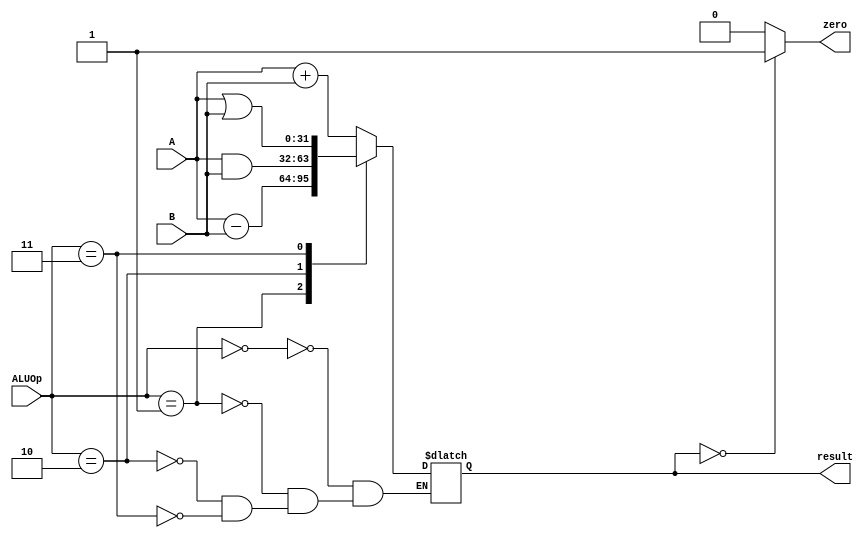
`timescale 1ns / 1ps
//////////////////////////////////////////////////////////////////////////////////
// Company: 
// Engineer: 
// 
// Design Name: 
// Module Name: ALU
// Project Name: 
// Target Devices: 
// Tool Versions: 
// Description: 
// 
// Dependencies: 
// 
// Revision:
// Revision 0.01 - File Created
// Additional Comments:
// 
//////////////////////////////////////////////////////////////////////////////////


module ALU(
    //
    input[31:0] A,B,
    //opcode
    input[2:0] ALUOp,
    //
    output reg [31:0] result,
    //
    output zero
    );
    assign zero = (result==0) ? 1:0;
    always@(ALUOp or A or B) begin
    case(ALUOp)
        3'b000: result = A + B;
        3'b001: result = A - B;
        3'b010: result = A & B;
        3'b011: result = A | B;
     endcase
     end
endmodule